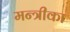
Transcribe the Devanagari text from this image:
मन्त्रीका